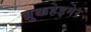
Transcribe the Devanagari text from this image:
ब्रुक्कहेइमेर